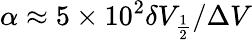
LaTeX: \alpha\approx 5\times 10^{2}\delta V_{\frac{1}{2}}/\Delta V